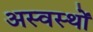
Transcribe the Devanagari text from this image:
अस्वस्थों